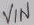
Text: VIN